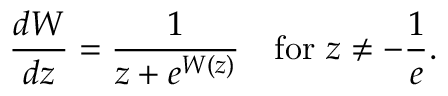
{ \frac { d W } { d z } } = { \frac { 1 } { z + e ^ { W ( z ) } } } \quad { \mathrm { f o r ~ } } z \neq - { \frac { 1 } { e } } .